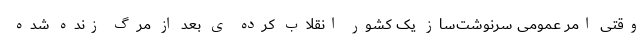
وقتی امر عمومی سرنوشت‌ساز یک کشور انقلاب کرده ی بعد از مرگ زنده شده